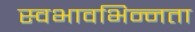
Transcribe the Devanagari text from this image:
स्वभावभिन्नता